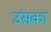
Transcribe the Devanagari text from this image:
उंसका